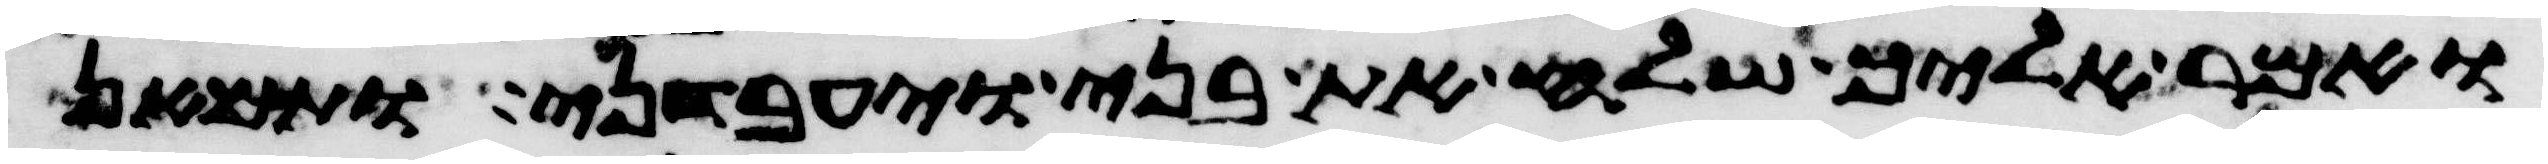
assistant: ואמר אליך שלח את בני ויעבדני ותמאן